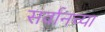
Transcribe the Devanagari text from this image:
सर्वानच्या